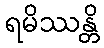
ရမိဿန္တိ